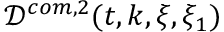
\mathcal { D } ^ { c o m , 2 } ( t , k , \xi , \xi _ { 1 } )